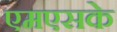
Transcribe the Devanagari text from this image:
एमएसके